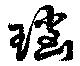
瑙